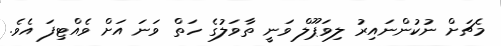
މެޗަށް ނުކުންނައިރު ލިވަޕޫލް ވަނީ ތާވަލުގެ ހަތް ވަނަ އަށް ވެއްޓިފަ އެވެ.